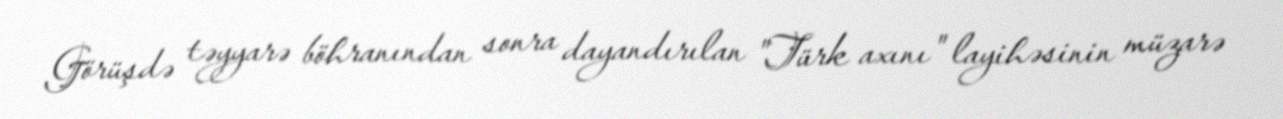
Görüşdə təyyarə böhranından sonra dayandırılan "Türk axını" layihəsinin müzarə